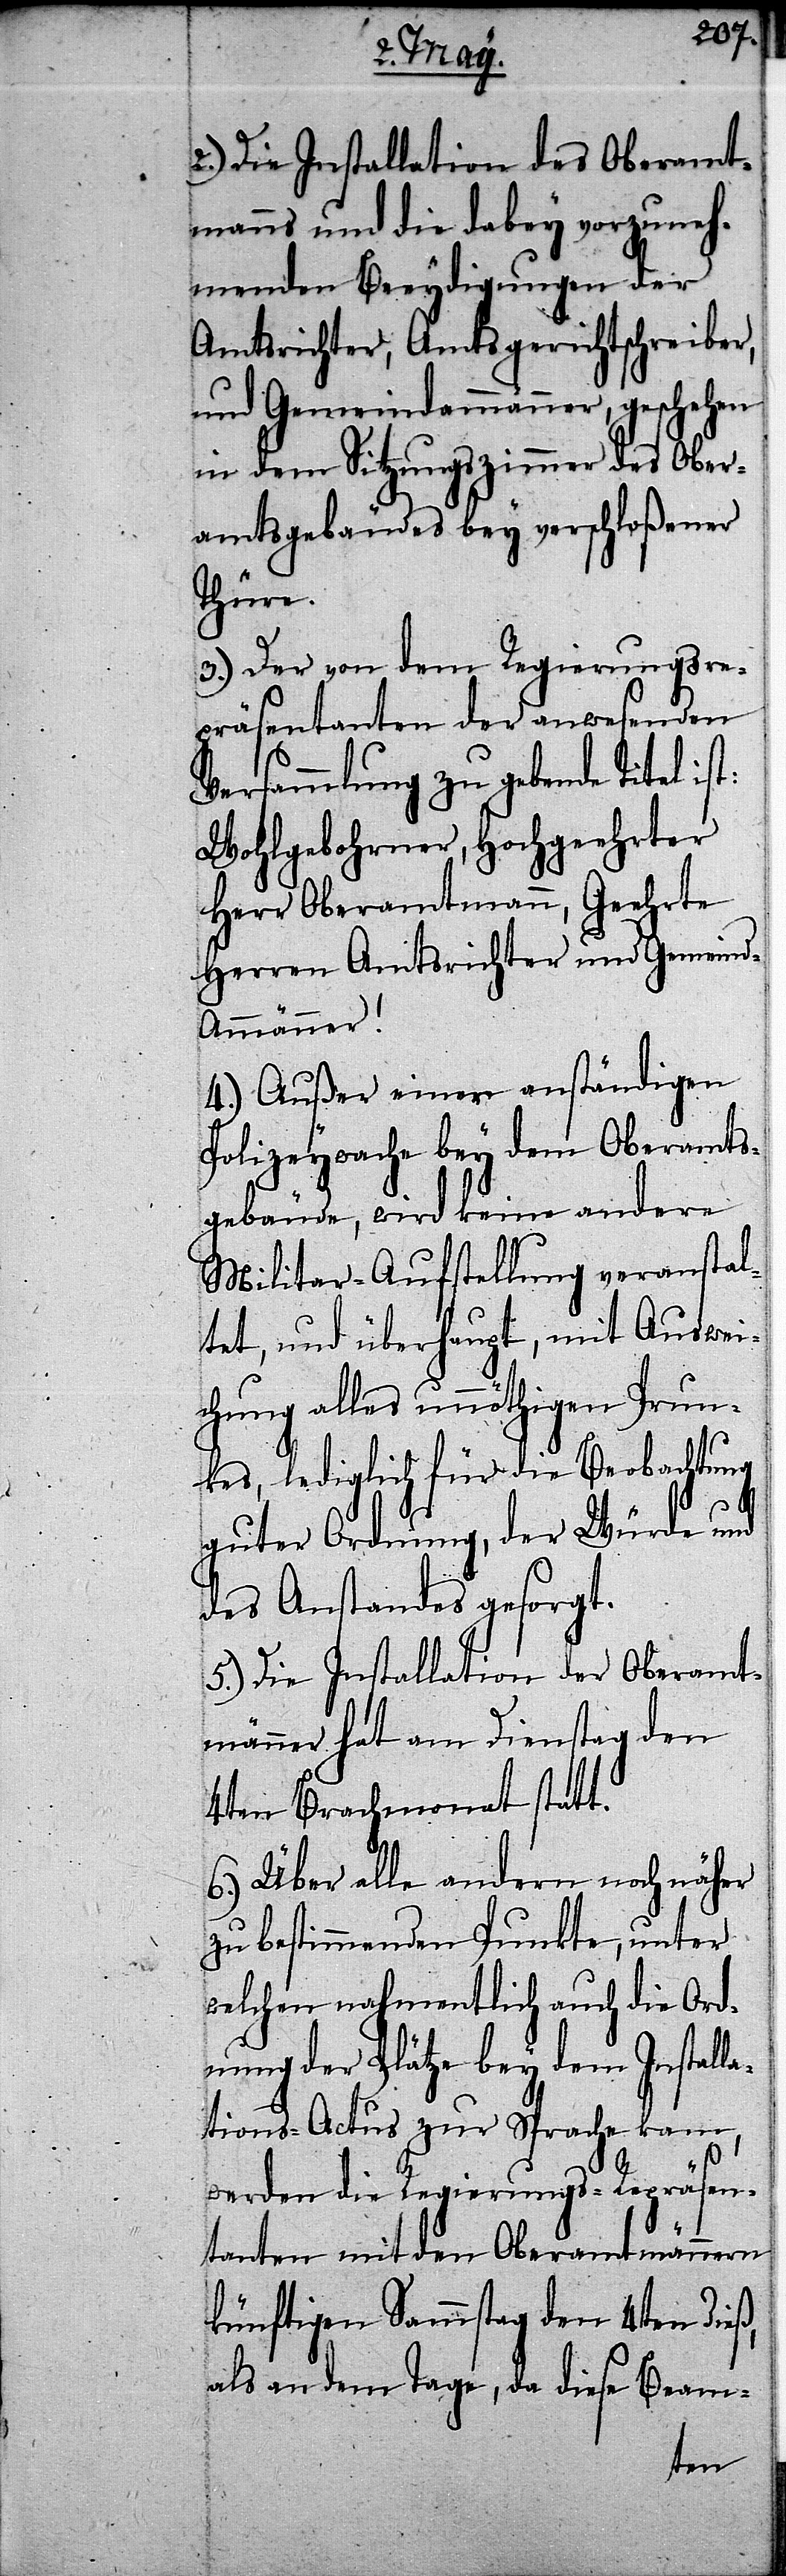
a¬

2.) Die Installation des Oberamt¬
manns und die dabey vorzuneh¬
menden Beeydigungen der
Amtsrichter, Amtsgerichtschreiber,
und Gemeindammänner, geschehen
in dem Sitzungszimmer des Ober¬
amtsgebäudes bey verschloßener
Thüre.
3.) Der von dem Regierungsre¬
präsentanten der anwesenden
Versammlung zu gebende Titel ist:
Wohlgebohrner, Hochgeehrter
Herr Oberamtmann, Geehrte
Herren Amtsrichter und Gemein¬
mmänner!
4.) Außer einer anständigen
Polizeywache bey dem Oberamts¬
gebäude, wird keine andere
Militar-Aufstellung veranst¬
ltet, und überhaupt, mit Auswei¬
chung alles unnöthigen Prun¬
kes, lediglich für die Beobachtung
guter Ordnung, der Würde und
des Anstandes gesorgt.
5.) Die Installation der Oberamt¬
männer hat am Dienstag den
4ten Brachmonat statt.
6.) Über alle andern noch näher
zu bestimmenden Punkte, unter
welchen nahmentlich auch die Ord¬
nung der Plätze bey dem Installa¬
tions-Actus zur Sprache kam,
werden die Regierungs-Repräsen¬
tanten mit den Oberamtmännern
künftigen Sammstag den 4ten dieß,
als an dem Tage, da diese Beam-